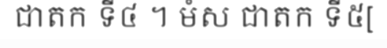
ជាតក ទី៤ ។ មំស ជាតក ទី៥[